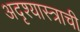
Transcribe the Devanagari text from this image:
अदृश्यास्त्राची